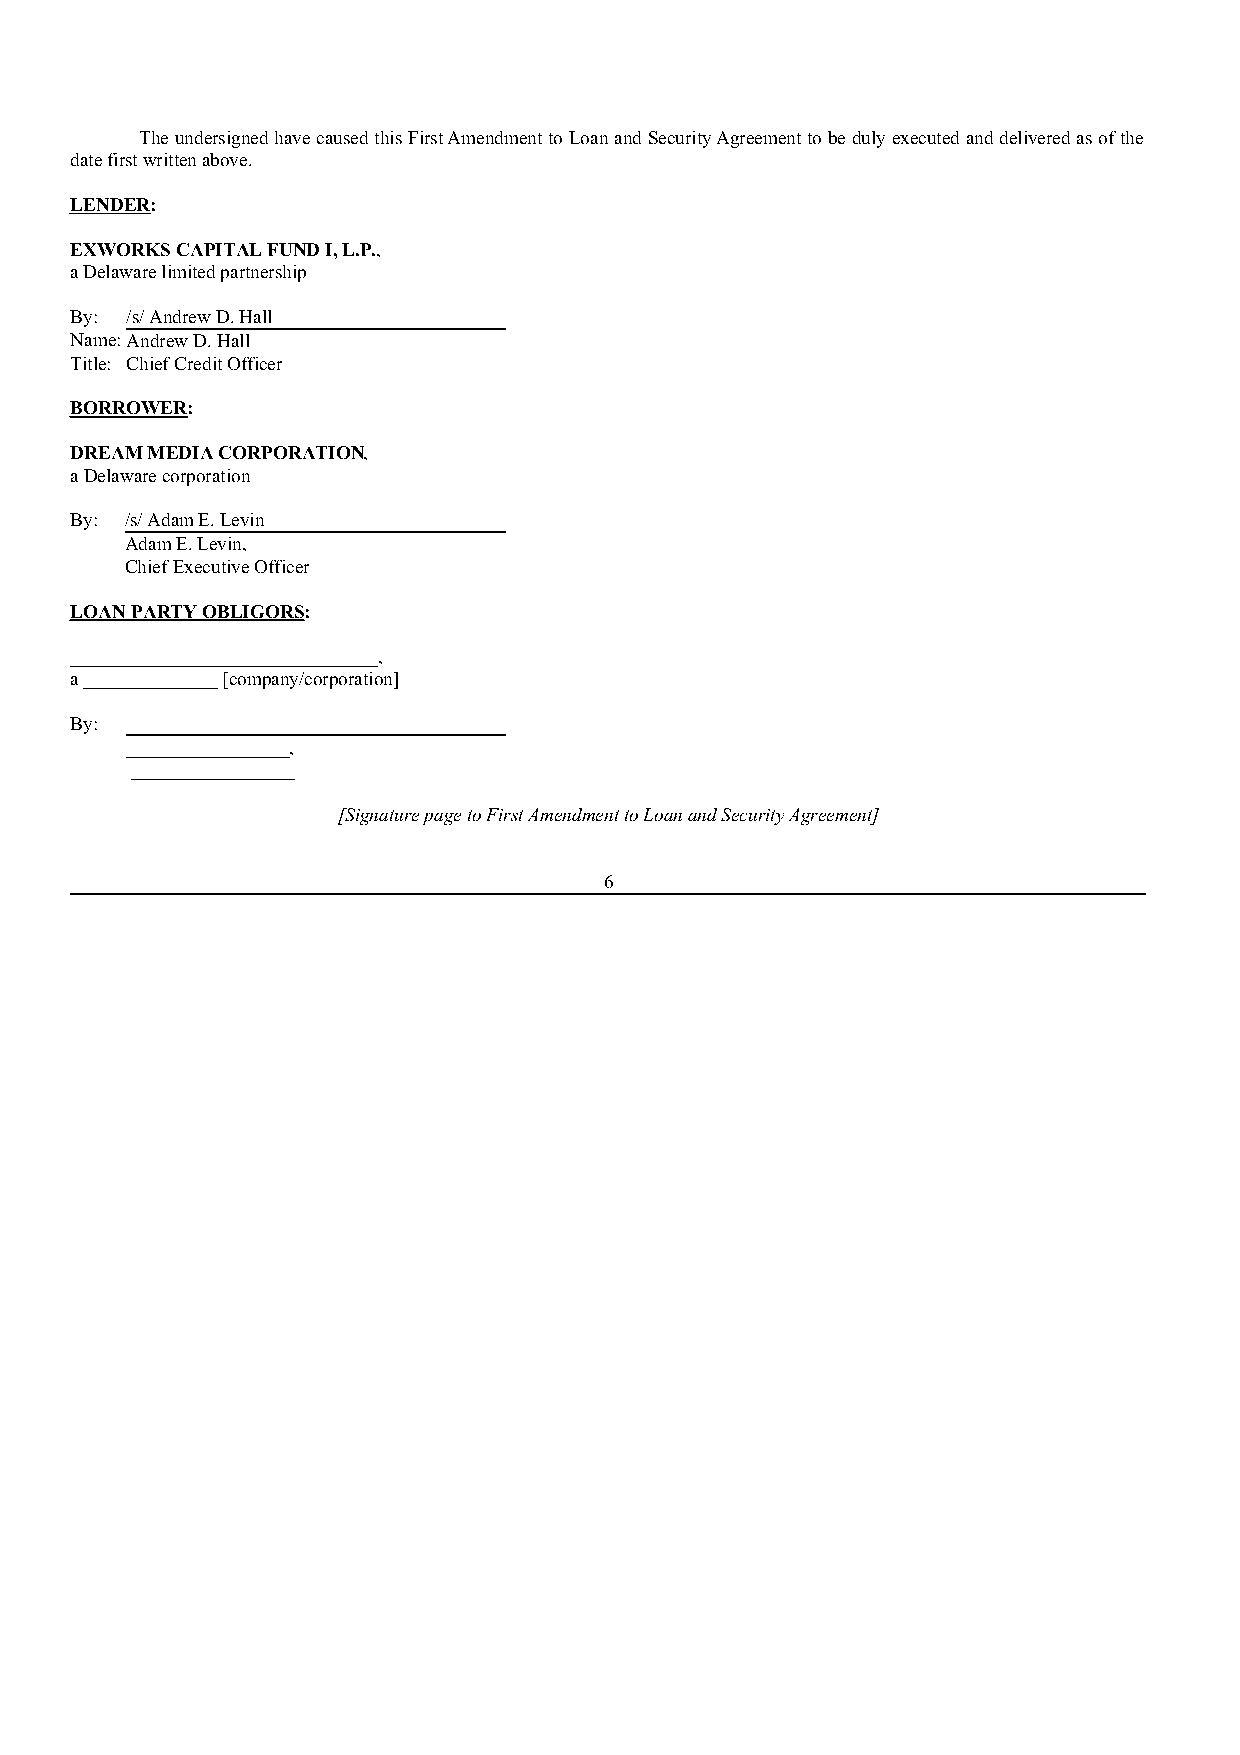
The undersigned have caused this First Amendment to Loan and Security Agreement to be duly executed and delivered as of the
 date first written above.
 LENDER:
 EXWORKS CAPITAL FUND I, L.P.,
 a Delaware limited partnership
 By: /s/ Andrew D. Hall
 Name: Andrew D. Hall
 Title: Chief Credit Officer
 BORROWER:
 DREAM MEDIA CORPORATION,
 a Delaware corporation
 By: /s/ Adam E. Levin
 Adam E. Levin,
 Chief Executive Officer
 LOAN PARTY OBLIGORS:
 ________________________________,
 a ______________ [company/corporation]
 By:
 _________________,
 _________________
 [Signature page to First Amendment to Loan and Security Agreement]
 6